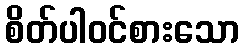
စိတ်ပါဝင်စားသော